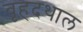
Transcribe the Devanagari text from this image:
वृहदथाल